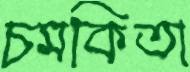
চমকিতা